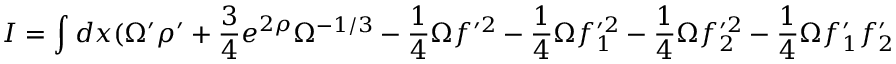
I = \int d x ( \Omega ^ { \prime } \rho ^ { \prime } + \frac { 3 } { 4 } e ^ { 2 \rho } \Omega ^ { - 1 / 3 } - \frac { 1 } { 4 } \Omega f ^ { \prime 2 } - \frac { 1 } { 4 } \Omega f _ { 1 } ^ { \prime 2 } - \frac { 1 } { 4 } \Omega f _ { 2 } ^ { \prime 2 } - \frac { 1 } { 4 } \Omega f _ { 1 } ^ { \prime } f _ { 2 } ^ { \prime }